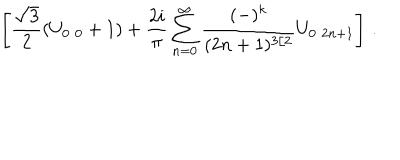
LaTeX: \left[ \frac { \sqrt { 3 } } { 2 } ( U _ { 0 \, \, 0 } + 1 ) + \frac { 2 i } { \pi } \sum _ { n = 0 } ^ { \infty } \frac { ( - ) ^ { k } } { ( 2 n + 1 ) ^ { 3 / 2 } } U _ { 0 \, \, 2 n + 1 } \right] \, .